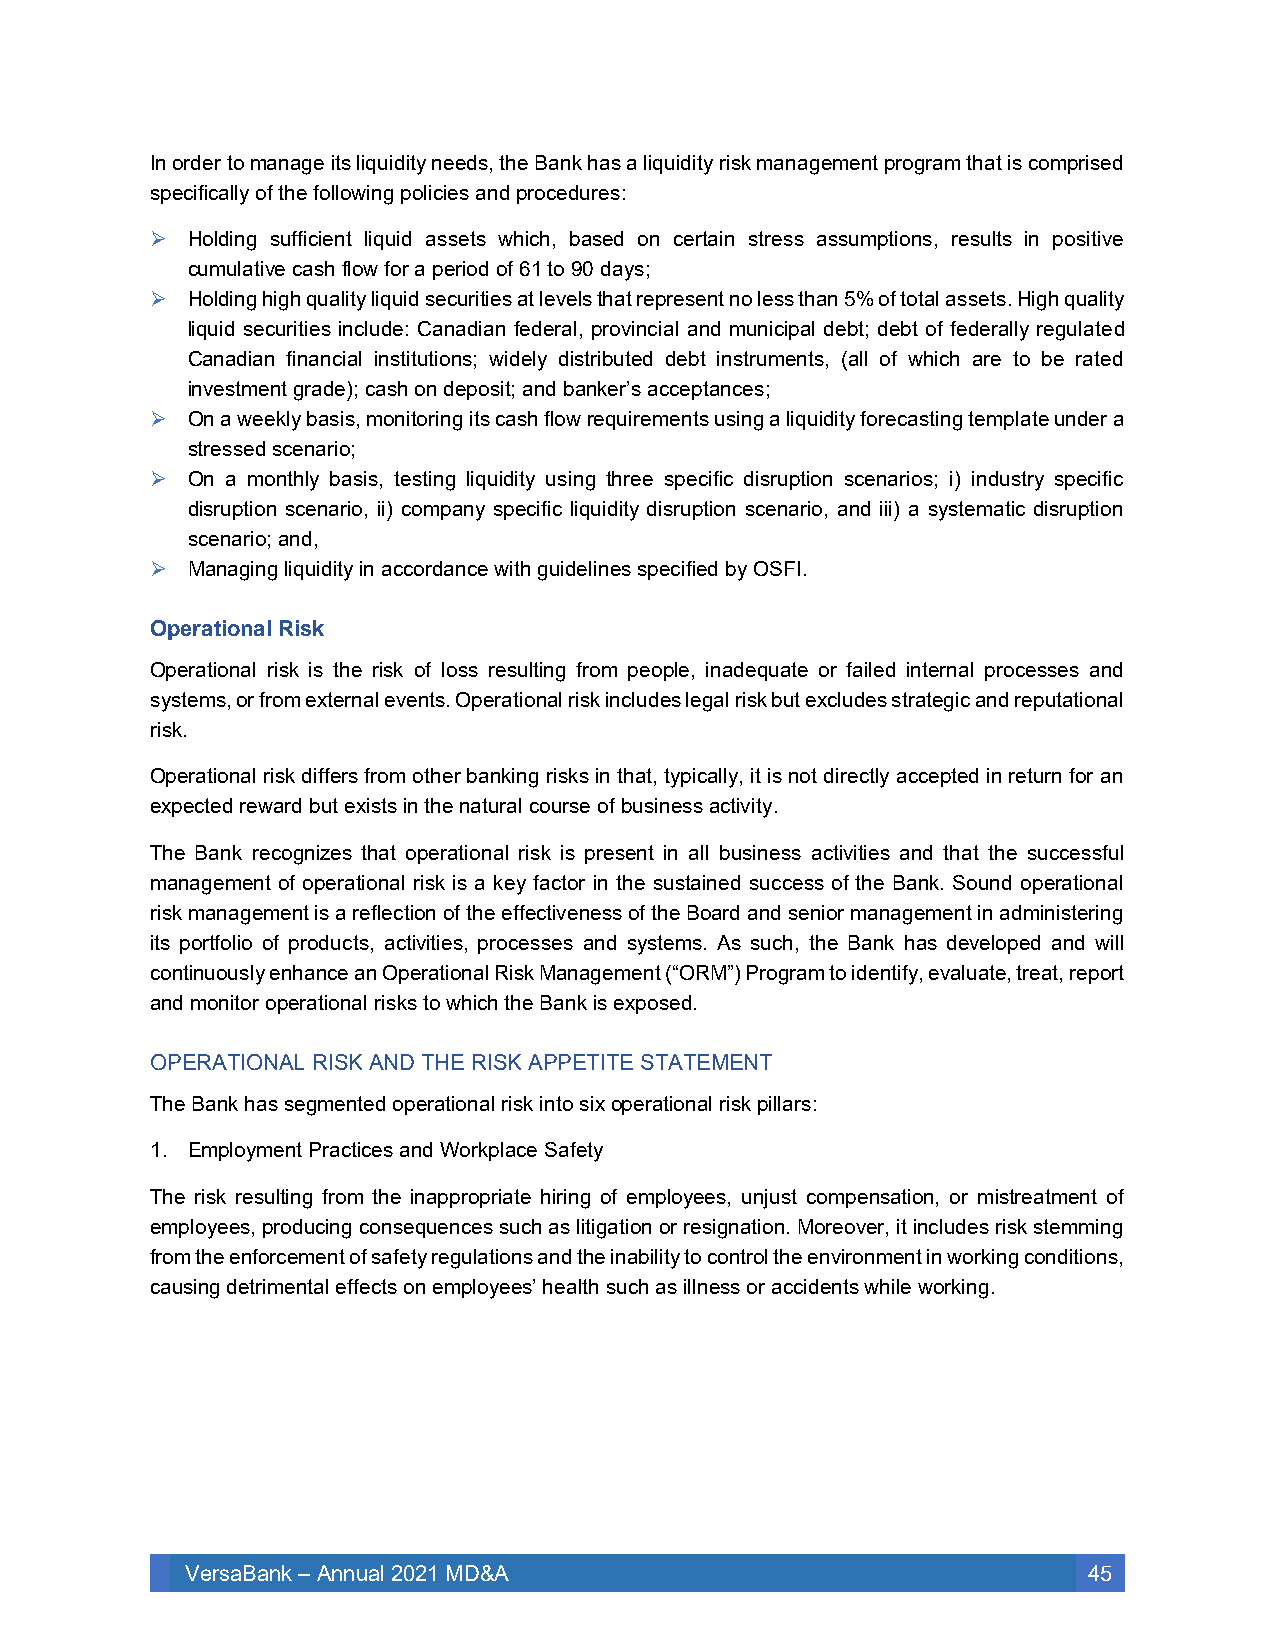
In order to manage its liquidity needs, the Bank has a liquidity risk management program that is comprised
 specifically of the following policies and procedures:
 ➢ Holding sufficient liquid assets which, based on certain stress assumptions, results in positive
 cumulative cash flow for a period of 61 to 90 days;
 ➢ Holding high quality liquid securities at levels that represent no less than 5% of total assets. High quality
 liquid securities include: Canadian federal, provincial and municipal debt; debt of federally regulated
 Canadian financial institutions; widely distributed debt instruments, (all of which are to be rated
 investment grade); cash on deposit; and banker’s acceptances;
 ➢ On a weekly basis, monitoring its cash flow requirements using a liquidity forecasting template under a
 stressed scenario;
 ➢ On a monthly basis, testing liquidity using three specific disruption scenarios; i) industry specific
 disruption scenario, ii) company specific liquidity disruption scenario, and iii) a systematic disruption
 scenario; and,
 ➢ Managing liquidity in accordance with guidelines specified by OSFI.
 Operational Risk
 Operational risk is the risk of loss resulting from people, inadequate or failed internal processes and
 systems, or from external events. Operational risk includes legal risk but excludes strategic and reputational
 risk.
 Operational risk differs from other banking risks in that, typically, it is not directly accepted in return for an
 expected reward but exists in the natural course of business activity.
 The Bank recognizes that operational risk is present in all business activities and that the successful
 management of operational risk is a key factor in the sustained success of the Bank. Sound operational
 risk management is a reflection of the effectiveness of the Board and senior management in administering
 its portfolio of products, activities, processes and systems. As such, the Bank has developed and will
 continuously enhance an Operational Risk Management (“ORM”) Program to identify, evaluate, treat, report
 and monitor operational risks to which the Bank is exposed.
 OPERATIONAL RISK AND THE RISK APPETITE STATEMENT
 The Bank has segmented operational risk into six operational risk pillars:
 1. Employment Practices and Workplace Safety
 The risk resulting from the inappropriate hiring of employees, unjust compensation, or mistreatment of
 employees, producing consequences such as litigation or resignation. Moreover, it includes risk stemming
 from the enforcement of safety regulations and the inability to control the environment in working conditions,
 causing detrimental effects on employees’ health such as illness or accidents while working.
 VersaBank – Annual 2021 MD&A                                45